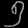
Digit: ၅